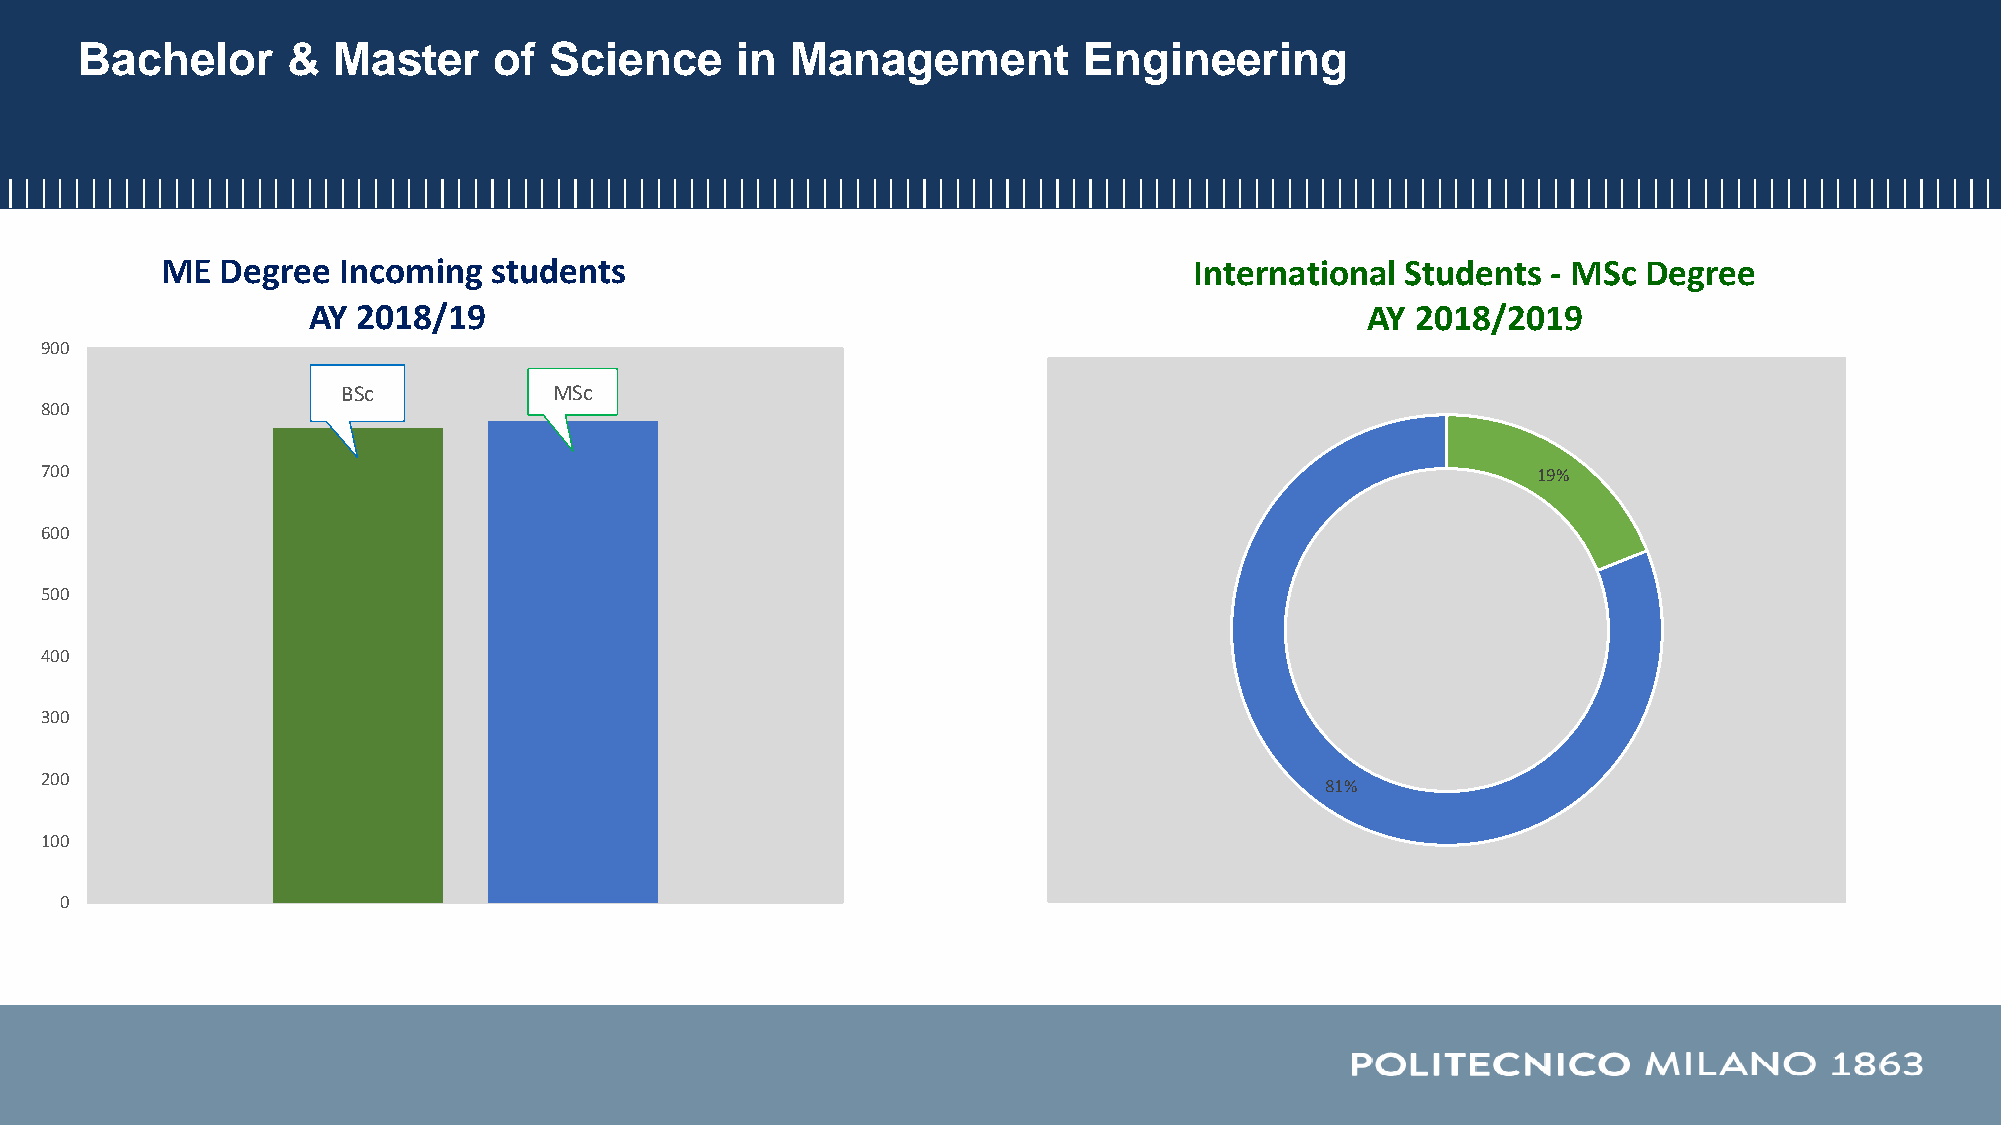
Bachelor      &  Master     of Science      in Management          Engineering
 ME  Degree Incoming   students                                      International Students  - MSc Degree
 AY  2018/19                                                           AY  2018/2019
 900
 BSc           MSc
 800
 700                                                                                                19%
 600
 500
 400
 300
 200
 81%
 100
 0